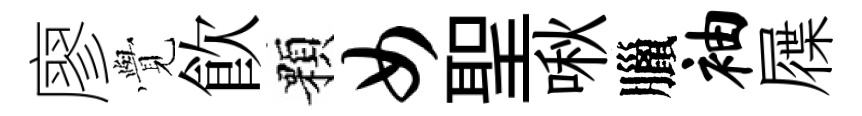
廖𮗜飮顆女聖啾臘袖屧